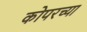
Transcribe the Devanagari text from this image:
कोपरच्या